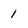
Character: l